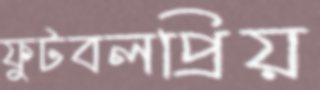
ফুটবলপ্রিয়